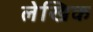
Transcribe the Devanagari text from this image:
लेखिक